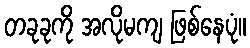
တခုခုကို အလိုမကျ ဖြစ်နေပုံ။